Report of the Imperial Institute of Veterinary Research, Muktesar
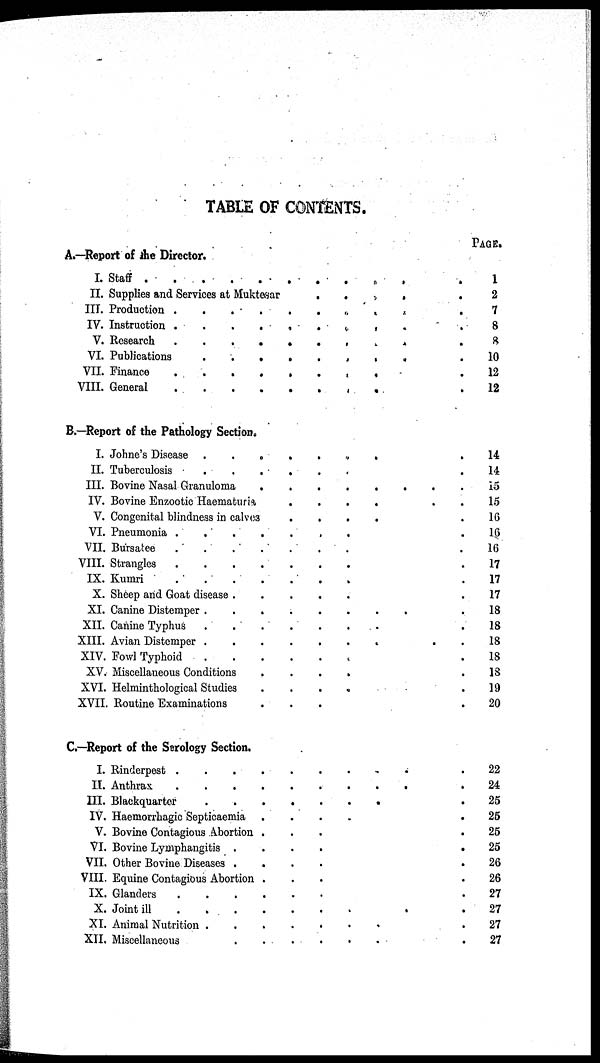
TABLE OF CONTENTS.
A.—Report of the Director.
I. Staff
....
.
II. Supplies and Services at Muktesar
III. Production .
.
IV. Instruction .
V. Research
VI. Publications
VII. Finance
.
.
.
VIII. General
.
.
.
B.—Report of the Pathology Section
I. Johne's Disease
II. Tuberculosis
.
III. Bovine Nasal Granuloma
IV. Bovine Enzoctic Haematuria
V. Congenital blindness in calves
VI. Pneumonia .
VII. Bursatee
VIII. Strangles
.
IX. Kumri
X. Sheep and Goat disease .
XI. Canine Distemper .
XII. Canine Typhus
XIII. Avian Distemper .
.
XIV. Fowl Typhoid
XV. Miscellaneous Conditions
XVI. Helminthological Studies
XVII. Routine Examinations
C.—Report of the Serology Section.
I. Rinderpest .
.
.
II. Anthrax
.
.
.
III. Blackquarter
IV. Haemorrhagic Septicaemia
V. Bovine Contagious Abortion
VI. Bovine Lymphangitis .
VII. Other Bovine Diseases .
VIII. Equine Contagious Abortion
IX. Glanders
X. Joint ill
XI. Animal Nutrition .
XII. Miscellaneous
.
.
.
.
.
.
.
.
.
.
.
.
.
.
.
.
.
.
.
.
.
.
.
.
.
.
.
.
.
.
.
.
.
.
.
.
.
.
.
.
.
.
.
.
.
.
.
.
.
.
.
.
.
.
.
.
.
.
.
.
.
.
.
.
.
.
.
.
.
.
.
.
.
.
.
.
.
.
.
.
.
.
.
.
.
.
.
.
.
.
.
.
.
.
.
.
.
.
.
.
.
.
.
.
.
.
.
.
.
.
.
.
.
.
.
.
.
.
.
.
.
.
.
.
.
.
.
.
.
.
.
.
.
.
.
.
.
.
.
.
.
.
.
.
.
.
.
.
.
.
.
.
.
.
.
.
.
.
.
.
.
.
.
.
.
.
.
.
.
.
.
.
.
.
.
.
.
.
.
.
.
.
.
.
.
.
.
.
.
.
.
.
.
.
.
.
.
.
.
.
.
.
.
.
.
.
.
.
.
.
.
.
.
.
.
.
.
.
.
.
.
.
.
.
.
.
.
.
.
.
.
.
.
.
.
.
.
.
.
.
.
.
.
.
.
.
.
.
.
.
.
.
.
.
.
.
.
.
.
.
.
.
.
.
.
.
.
.
.
.
.
.
.
.
.
.
.
.
.
.
.
.
.
.
.
.
.
.
.
.
.
.
.
.
.
.
.
.
.
.
.
.
.
.
.
.
.
.
.
.
PAGE.
1
2
7
8
8
10
12
12
14
14
15
15
16
16
16
17
17
17
18
18
18
18
18
19
20
22
24
25
25
25
25
26
26
27
27
27
27